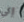
إلى